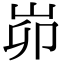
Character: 峁